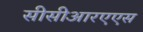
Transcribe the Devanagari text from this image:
सीसीआरएएस